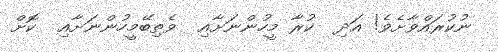
ނުކުރައްވާށެވެ! އަދި  ކުރާ މީހުންނަށާއި  ވެތިބޭމީހުންނަށާއި  ކޮށް